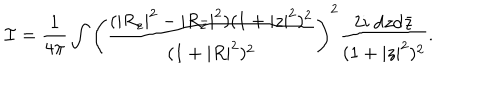
{ \cal I } = \frac { 1 } { 4 \pi } \int \left( \frac { ( | R _ { z } | ^ { 2 } - | R _ { { \bar { z } } } | ^ { 2 } ) ( 1 + | z | ^ { 2 } ) ^ { 2 } } { ( 1 + | R | ^ { 2 } ) ^ { 2 } } \right) ^ { 2 } \frac { 2 i ~ \mathrm { d } z \mathrm { d } { \bar { z } } } { ( 1 + | z | ^ { 2 } ) ^ { 2 } } .